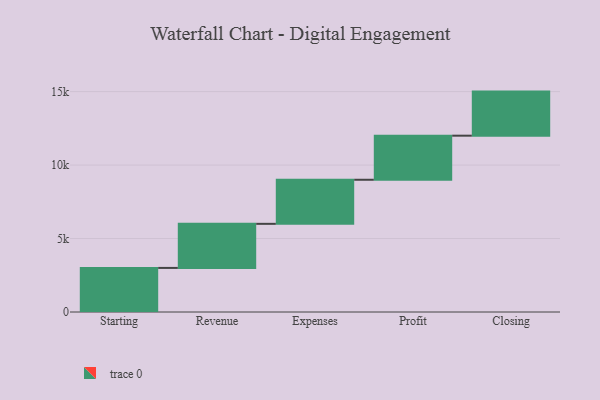
{"axis": {"x": "Step", "y": "Value"}, "legend": [""], "data": [{"x": "Starting", "y": 3000, "type": ""}, {"x": "Revenue", "y": 3000, "type": ""}, {"x": "Expenses", "y": 3000, "type": ""}, {"x": "Profit", "y": 3000, "type": ""}, {"x": "Closing", "y": 3000, "type": ""}]}